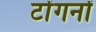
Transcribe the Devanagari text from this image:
टोंगनों